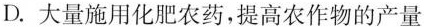
D.大量施用化肥农药，提高农作物的产量